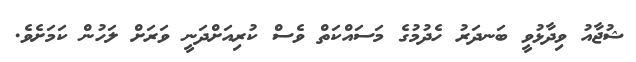
ޝުޖާއު ވިދާޅުވީ ބަނދަރު ހެދުމުގެ މަސައްކަތް ވެސް ކުރިއަށްދަނީ ވަރަށް ލަހުން ކަމަށެވެ.